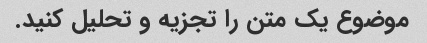
موضوع یک متن را تجزیه و تحلیل کنید.